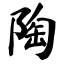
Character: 陶